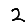
Digit: 2